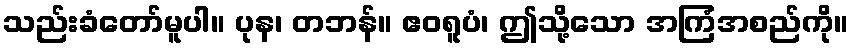
သည်းခံတော်မူပါ။ ပုန၊ တဘန်။ ဧဝရူပံ၊ ဤသို့သော အကြံအစည်ကို။